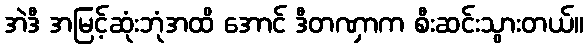
အဲဒီ အမြင့်ဆုံးဘုံအထိ အောင် ဒီတဏှာက စီးဆင်းသွားတယ်။